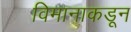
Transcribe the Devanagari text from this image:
विमानाकडून